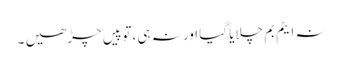
نہ ایٹم بم چلایا گیا اور نہ ہی ،توپیں چڑھیں ۔